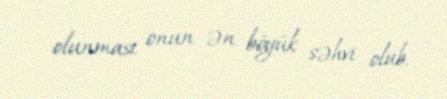
olunması onun ən böyük səhvi olub.